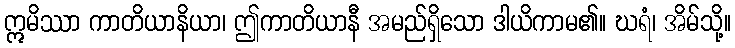
ဣမိဿာ ကာတိယာနိယာ၊ ဤကာတိယာနီ အမည်ရှိသော ဒါယိကာမ၏။ ဃရံ၊ အိမ်သို့။